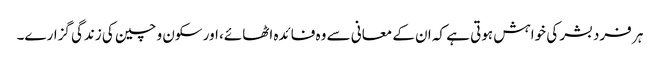
ہر فرد بشر کی خواہش ہوتی ہے کہ ان کے معانی سے وہ فائدہ اٹھائے، اور سکون و چین کی زندگی گزارے۔